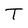
Character: T